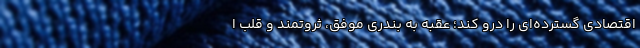
اقتصادی گسترده‌ای را درو کند؛ عقبه به بندری موفق، ثروتمند و قلب ا